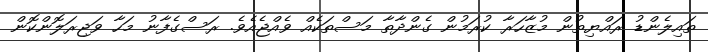
ތައިލެންޑު ރައްޔިތުން މުޒާހަރާ ކުރަމުން ގެންދާތާ މަސްތަކެއް ވެއްޖެއެވެ. ރަސްގެފާނު މަހާ ވަޖިރަލޮންކޮން